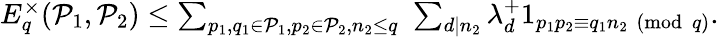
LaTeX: \begin{array}{r}{E_{q}^{\times}(\mathcal{P}_{1},\mathcal{P}_{2})\leq\sum_{p_{1},q_{1}\in\mathcal{P}_{1},p_{2}\in\mathcal{P}_{2},n_{2}\leq q}\, \, \sum_{d\mid n_{2}}\lambda_{d}^{+}1_{p_{1}p_{2}\equiv q_{1}n_{2}\pmod q}.}\end{array}